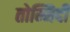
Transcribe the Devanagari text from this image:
तोम्मिदी